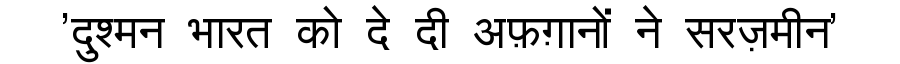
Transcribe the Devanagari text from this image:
'दुश्मन भारत को दे दी अफ़ग़ानों ने सरज़मीन'